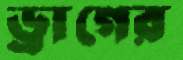
ড্রাগের